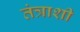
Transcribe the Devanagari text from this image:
तंत्राशी